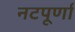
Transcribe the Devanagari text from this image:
नटपूर्णा